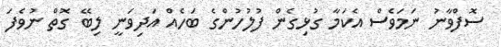
ސޮފްވާނު ނަމަވެސް އެކަމާ ގުޅިގެން ފުލުހުންގެ ބަހެއް އަދިވަނީ ލިބޭ ގޮތް ނުވެފަ